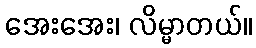
အေးအေး၊ လိမ္မာတယ်။